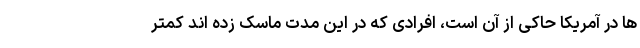
ها در آمریکا حاکی از آن است، افرادی که در این مدت ماسک زده اند کمتر